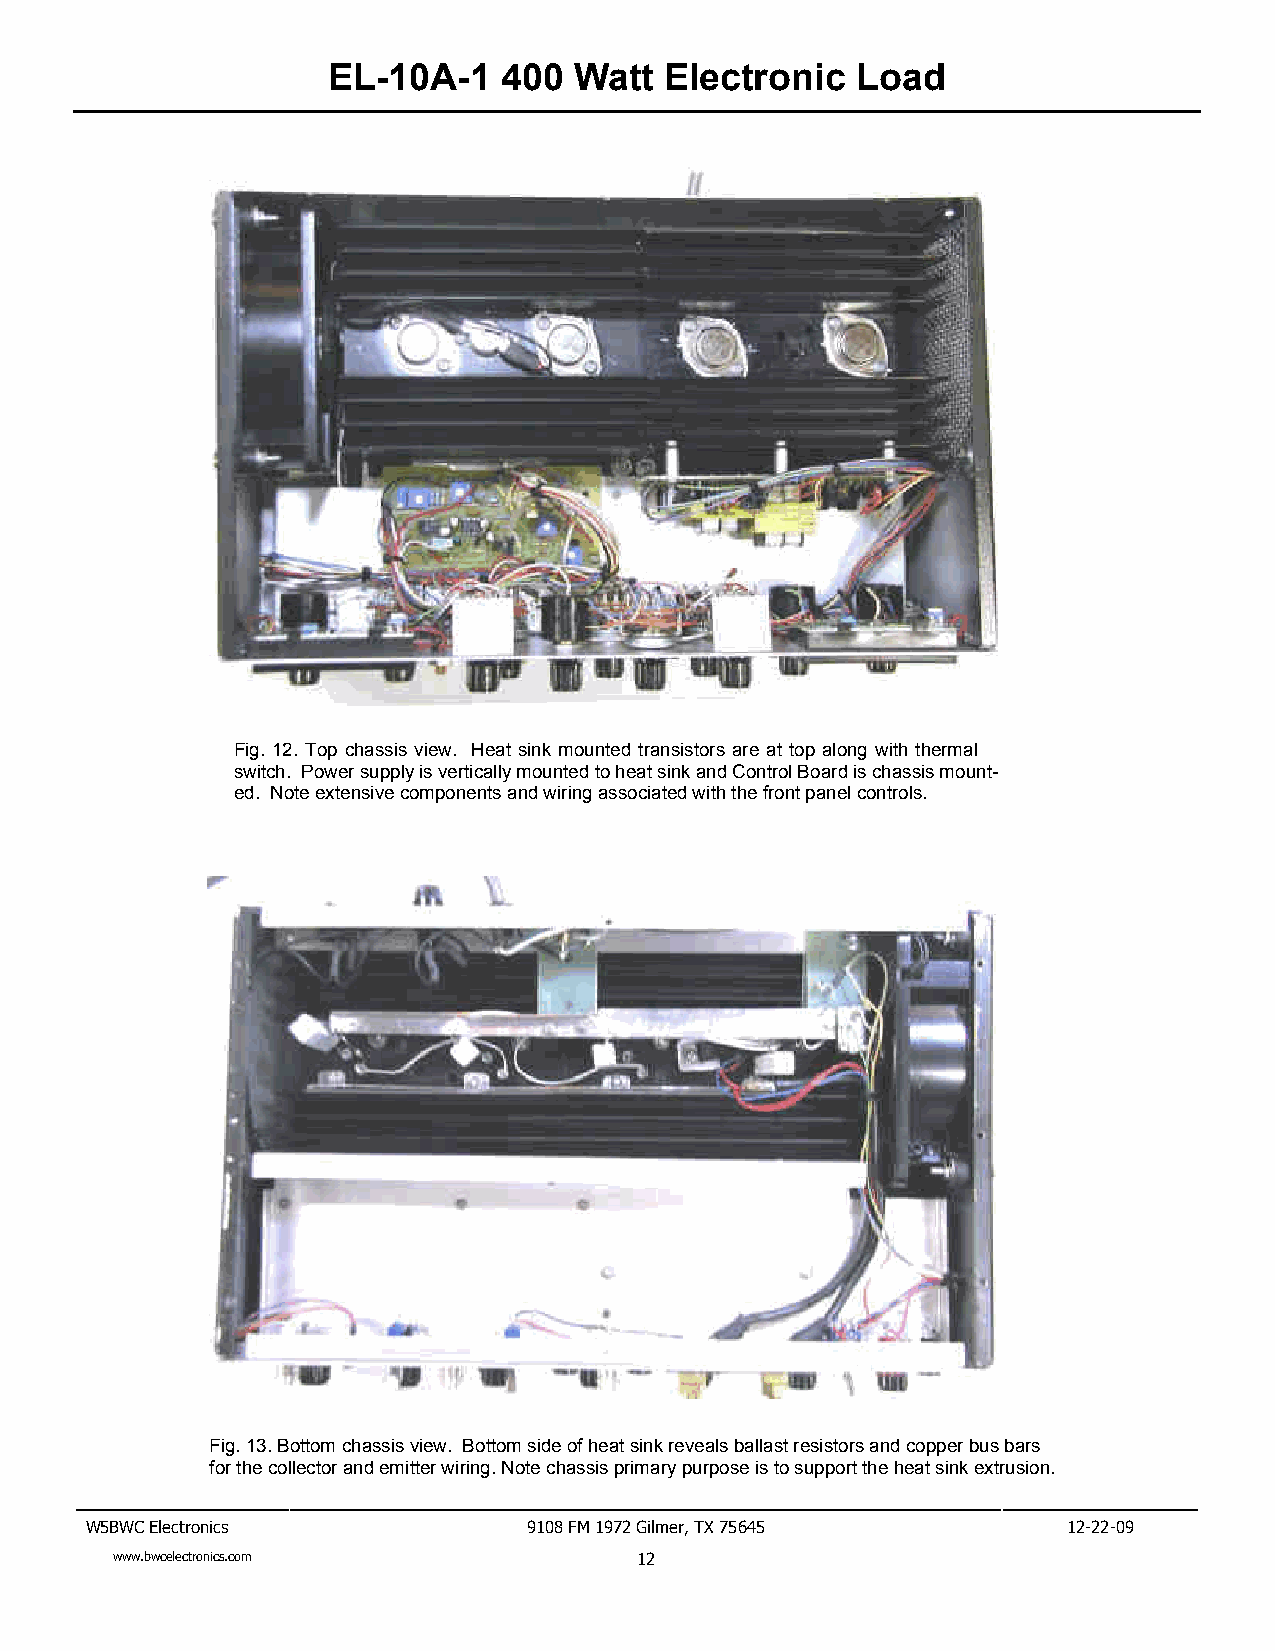
EL-10A-1   400  Watt  Electronic   Load
 Fig. 12. Top chassis view. Heat sink mounted transistors are at top along with thermal
 switch. Power supply is vertically mounted to heat sink and Control Board is chassis mount-
 ed. Note extensive components and wiring associated with the front panel controls.
 Fig. 13. Bottom chassis view. Bottom side of heat sink reveals ballast resistors and copper bus bars
 for the collector and emitter wiring. Note chassis primary purpose is to support the heat sink extrusion.
 W5BWC Electronics            9108 FM 1972 Gilmer, TX 75645       12-22-09
 www.bwcelectronics.com             12